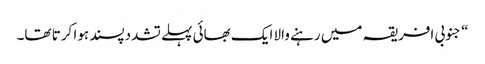
‏“‏ جنوبی افریقہ میں رہنے والا ایک بھائی پہلے تشددپسند ہوا کرتا تھا۔